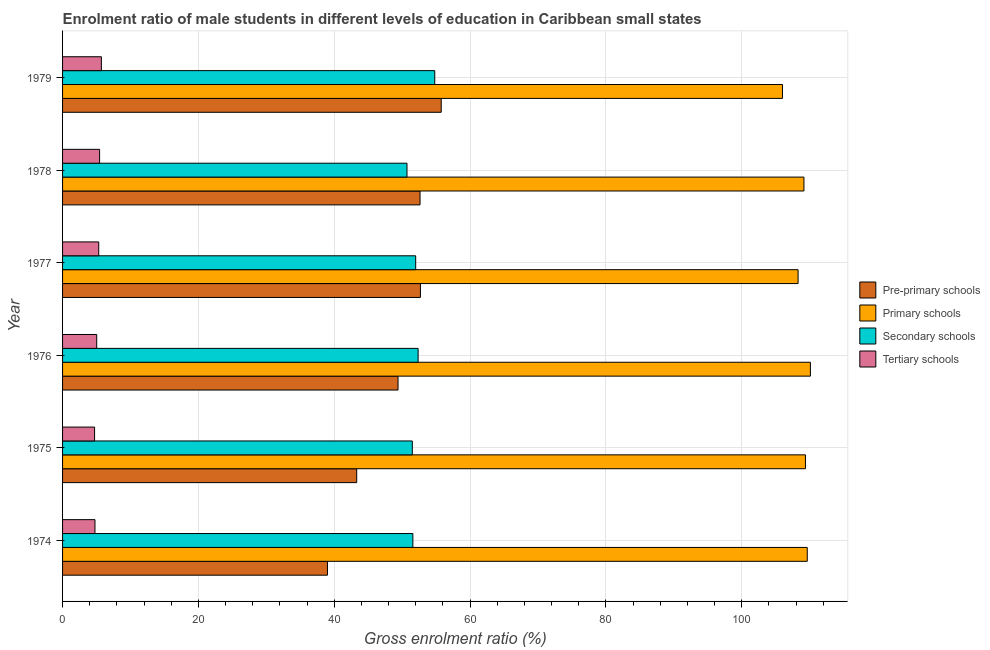
| Year | Pre-primary schools | Primary schools | Secondary schools | Tertiary schools |
 | --- | --- | --- | --- | --- |
 | 1974 | 39 | 110 | 51.6 | 4.77 |
 | 1975 | 43.3 | 109 | 51.5 | 4.71 |
 | 1976 | 49.4 | 110 | 52.4 | 5.03 |
 | 1977 | 52.7 | 108 | 52 | 5.33 |
 | 1978 | 52.6 | 109 | 50.7 | 5.45 |
 | 1979 | 55.8 | 106 | 54.8 | 5.71 |